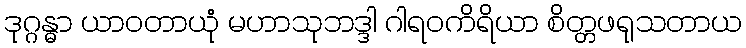
ဒုဂ္ဂန္ဓာ ယာဝတာယုံ မဟာသုဘဒ္ဒါ ဂါရဝကိရိယာ စိတ္တဖရုသတာယ